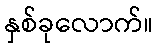
နှစ်ခုလောက်။